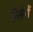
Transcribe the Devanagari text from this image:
हँसेगें